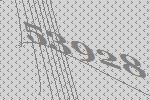
53928